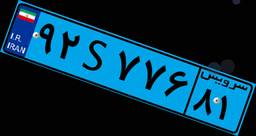
۹۲S۷۷۶۸۱